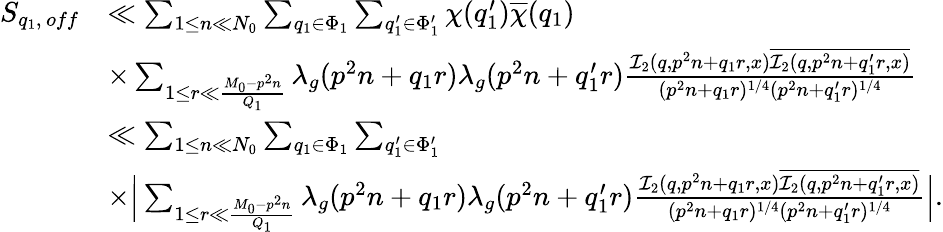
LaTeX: \begin{array}{rl}{S_{q_{1},\, off}}&{\ll\sum_{1\leq n\ll N_{0}}\sum_{q_{1}\in\Phi_{1}}\sum_{q_{1}^{\prime}\in\Phi_{1}^{\prime}}\chi(q_{1}^{\prime})\overline{{\chi}}(q_{1})}\\ &{\times\sum_{1\leq r\ll\frac{M_{0}-p^{2}n}{Q_{1}}}\lambda_{g}(p^{2}n+q_{1}r)\lambda_{g}(p^{2}n+q_{1}^{\prime}r)\frac{\mathcal{I}_{2}(q,p^{2}n+q_{1}r,x)\overline{{\mathcal{I}_{2}(q,p^{2}n+q_{1}^{\prime}r,x)}}}{(p^{2}n+q_{1}r)^{1/4}(p^{2}n+q_{1}^{\prime}r)^{1/4}}}\\ &{\ll\sum_{1\leq n\ll N_{0}}\sum_{q_{1}\in\Phi_{1}}\sum_{q_{1}^{\prime}\in\Phi_{1}^{\prime}}}\\ &{\times\Big|\sum_{1\leq r\ll\frac{M_{0}-p^{2}n}{Q_{1}}}\lambda_{g}(p^{2}n+q_{1}r)\lambda_{g}(p^{2}n+q_{1}^{\prime}r)\frac{\mathcal{I}_{2}(q,p^{2}n+q_{1}r,x)\overline{{\mathcal{I}_{2}(q,p^{2}n+q_{1}^{\prime}r,x)}}}{(p^{2}n+q_{1}r)^{1/4}(p^{2}n+q_{1}^{\prime}r)^{1/4}}\Big|.}\end{array}